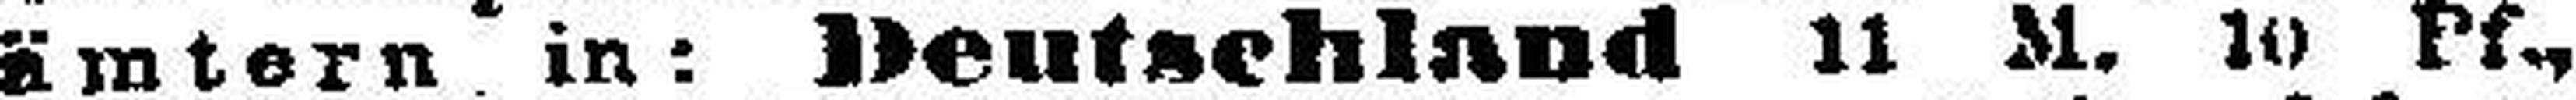
ämtern in: Deutschland 11 M. 10 Pf.,